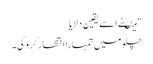
“ میںنے اسے یقین دلایا
چلو میں تمہارا انتظار کرو گی۔